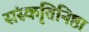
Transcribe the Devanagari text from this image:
संस्कृतिनिष्ठा